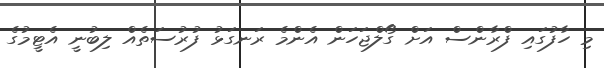
މި ހާފުގައި ފްރާންސް އަށް ގޯލްޖަހަން އެންމެ ރަނގަޅު ފުރުސަތެއް ލިބުނީ އެޓީމުގެ